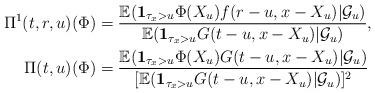
LaTeX: \begin{align*} \Pi^{1} (t,r,u)(\Phi)&= \frac{\mathbb{E}({\bf 1}_{\tau_{x}>u}\Phi(X_{u})f(r-u,x-X_{u})|\mathcal{G}_{u})} {\mathbb{E}({\bf 1}_{\tau_{x}>u}G(t-u,x-X_{u})|\mathcal{G}_{u})},\\ \Pi(t,u)(\Phi)& = \frac{\mathbb{E}({\bf 1}_{\tau_{x}>u}\Phi(X_{u})G(t-u,x-X_{u})| \mathcal{G}_{u})} {[\mathbb{E}({\bf 1}_{\tau_{x}>u}G(t-u,x-X_{u})|\mathcal{G}_{u})]^{2}} \end{align*}